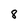
Character: 8